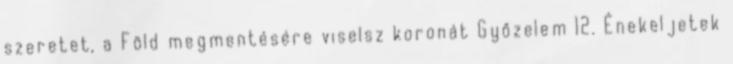
szeretet, a Föld megmentésére viselsz koronát Győzelem 12. Énekeljetek